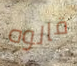
قالوه